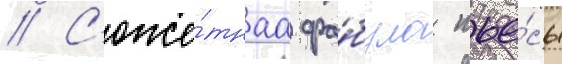
// С'юже́тнаа фа́була пье́сы